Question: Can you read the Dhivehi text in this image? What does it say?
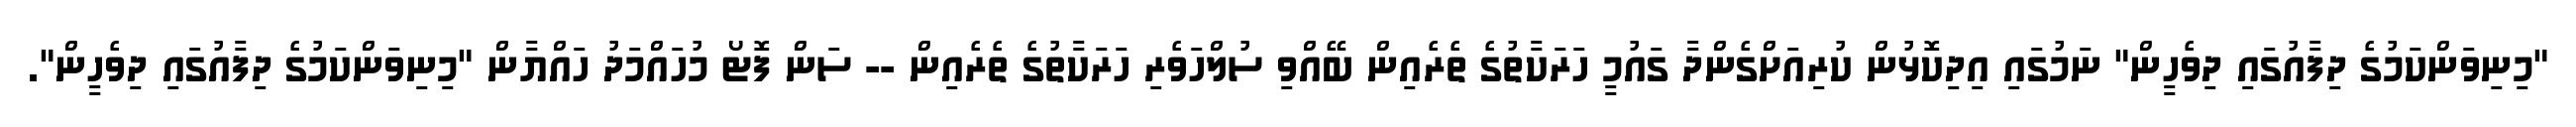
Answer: "މިނިވަންކަމުގެ ދިފާއުގައި ދިވެހީން" ނަމުގައި އިދިކޮޅުން ކުރިއަށްގެންދާ ގައުމީ ހަރަކާތުގެ ތެރެއިން ބޭއްވި ސުލްހަވެރި ހަރަކާތުގެ ތެރެއިން -- ސަން ފޮޓޯ މުހައްމަދު ހައްޔާން "މިނިވަންކަމުގެ ދިފާއުގައި ދިވެހީން".